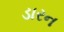
ડારન